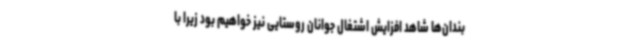
‌بندان‌ها شاهد افزایش اشتغال جوانان روستایی نیز خواهیم بود زیرا با